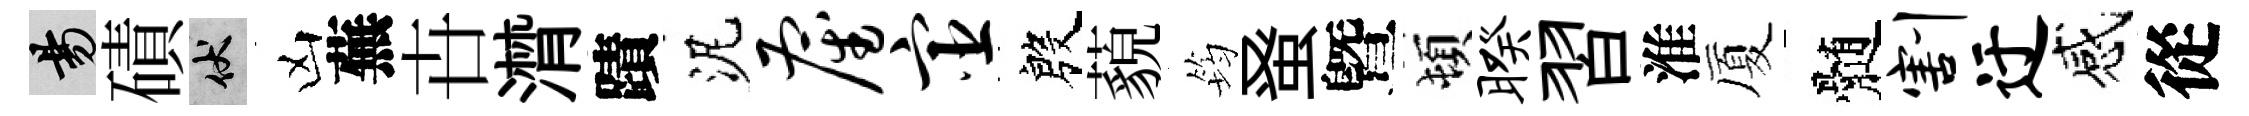
昜磧伏凶蕪卋潸蹟泥雇宦殷藐筠𫊫曁頓暌習淮厦髄割迂感從